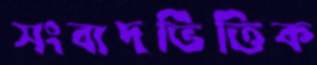
সংবাদভিত্তিক